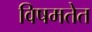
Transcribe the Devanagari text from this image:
विषमतेत